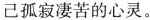
己孤寂凄苦的心灵。